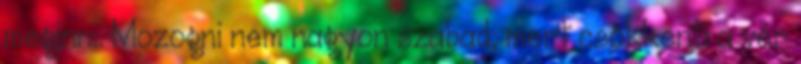
meginni. Mozogni nem nagyon szabad, mert csökkenti a vér